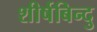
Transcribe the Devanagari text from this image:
शीर्षबिन्दु